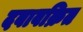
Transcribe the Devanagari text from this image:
दबावक्रित